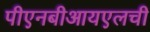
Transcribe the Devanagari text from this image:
पीएनबीआयएलची